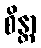
စိန္တာ